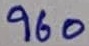
Text: 960